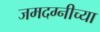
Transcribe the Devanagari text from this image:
जमदग्नीच्या